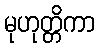
မုဟုတ္တိကာ